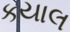
કયાલ